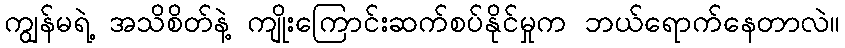
ကျွန်မရဲ့ အသိစိတ်နဲ့ ကျိုးကြောင်းဆက်စပ်နိုင်မှုက ဘယ်ရောက်နေတာလဲ။